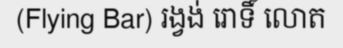
(Flying Bar) រង្វង់ រោទិ៍ លោត